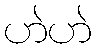
ဟဲဟဲ